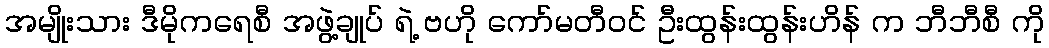
အမျိုးသား ဒီမိုကရေစီ အဖွဲ့ချုပ် ရဲ့ ဗဟို ကော်မတီဝင် ဦးထွန်းထွန်းဟိန် က ဘီဘီစီ ကို